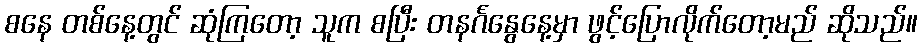
စနေ တစ်နေ့တွင် ဆုံကြတော့ သူက စပြီး တနင်္ဂနွေနေ့မှာ ဖွင့်ပြောလိုက်တော့မည် ဆိုသည်။